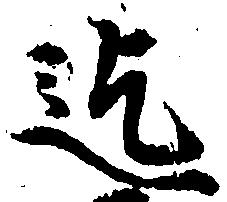
迄